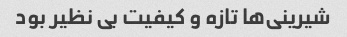
شیرینی‌ها تازه و کیفیت بی نظیر بود